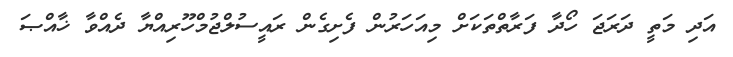
އަދި މަތީ ދަރަޖަ ހޯދާ ފަރާތްތަކަށް މިއަހަރުން ފެށިގެން ރައީސުލްޖުމްހޫރިއްޔާ ދެއްވާ ޚާއްޞަ